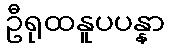
ဦရုထနူပပန္နာ